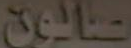
صالون